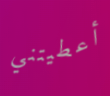
أعطيتني